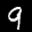
Label: 9